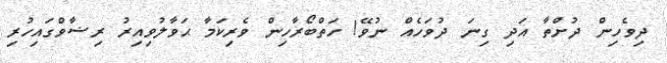
ދިވެހިން ދުށްތާ އަދި ގިނަ ދުވަހެއް ނުވޭ! ހަތްބޯރާހިން ވެރިކަމާ ޙަވާލުވިއިރު ރިޟާވްގައިހުރި